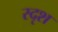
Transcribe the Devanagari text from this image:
स्दृश